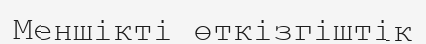
Меншікті өткізгіштік